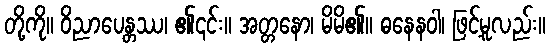
တို့ကို။ ဝိညာပေန္တဿ၊ ၏၎င်း။ အတ္တနော၊ မိမိ၏။ ဓနေနဝါ၊ ဖြင့်မူလည်း။